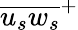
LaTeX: {\overline{{{u_{s}}{w_{s}}}}}^{+}